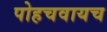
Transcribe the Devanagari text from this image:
पोहचवायच